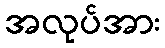
အလုပ်အား